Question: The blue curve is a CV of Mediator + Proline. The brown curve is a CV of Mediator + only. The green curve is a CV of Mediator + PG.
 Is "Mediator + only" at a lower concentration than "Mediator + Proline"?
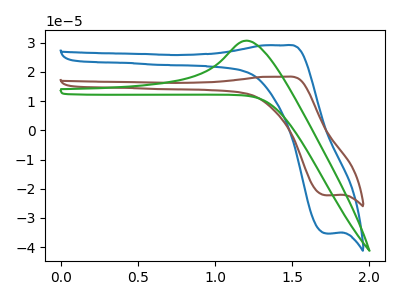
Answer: <think>The blue curve "Mediator + Proline" has an anodic peak at (1.45V, 29.15uA) and a cathodic peak at (1.70V, -35.30uA). The brown curve "Mediator + only" has an anodic peak at (1.45V, 18.35uA) and a cathodic peak at (1.70V, -22.25uA). The green curve "Mediator + PG" has an anodic peak at: (1.20V, 30.75uA).
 All the peaks in "Mediator + Proline" have a peak in "Mediator + only" at the same potential. Every peak in "Mediator + Proline" is higher than every peak in "Mediator + only".</think>
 <answer>"Mediator + Proline" has more signal than "Mediator + only" and so likely has a higher concentration.</answer>
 <eval>more_concentration</eval>